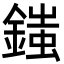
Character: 䥀